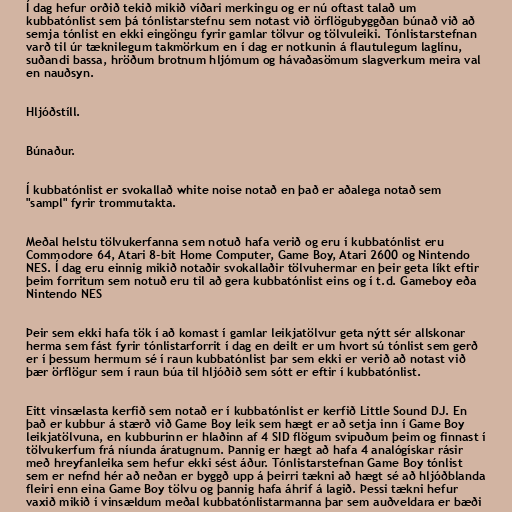
Í dag hefur orðið tekið mikið víðari merkingu og er nú oftast talað um
kubbatónlist sem þá tónlistarstefnu sem notast við örflögubyggðan búnað við að
semja tónlist en ekki eingöngu fyrir gamlar tölvur og tölvuleiki. Tónlistarstefnan
varð til úr tæknilegum takmörkum en í dag er notkunin á flautulegum laglínu,
suðandi bassa, hröðum brotnum hljómum og hávaðasömum slagverkum meira val
en nauðsyn.

Hljóðstíll.

Búnaður.

Í kubbatónlist er svokallað white noise notað en það er aðalega notað sem
"sampl" fyrir trommutakta.

Meðal helstu tölvukerfanna sem notuð hafa verið og eru í kubbatónlist eru
Commodore 64, Atari 8-bit Home Computer, Game Boy, Atari 2600 og Nintendo
NES. Í dag eru einnig mikið notaðir svokallaðir tölvuhermar en þeir geta líkt eftir
þeim forritum sem notuð eru til að gera kubbatónlist eins og í t.d. Gameboy eða
Nintendo NES

Þeir sem ekki hafa tök í að komast í gamlar leikjatölvur geta nýtt sér allskonar
herma sem fást fyrir tónlistarforrit í dag en deilt er um hvort sú tónlist sem gerð
er í þessum hermum sé í raun kubbatónlist þar sem ekki er verið að notast við
þær örflögur sem í raun búa til hljóðið sem sótt er eftir í kubbatónlist.

Eitt vinsælasta kerfið sem notað er í kubbatónlist er kerfið Little Sound DJ. En
það er kubbur á stærð við Game Boy leik sem hægt er að setja inn í Game Boy
leikjatölvuna, en kubburinn er hlaðinn af 4 SID flögum svipuðum þeim og finnast í
tölvukerfum frá níunda áratugnum. Þannig er hægt að hafa 4 analógískar rásir
með hreyfanleika sem hefur ekki sést áður. Tónlistarstefnan Game Boy tónlist
sem er nefnd hér að neðan er byggð upp á þeirri tækni að hægt sé að hljóðblanda
fleiri enn eina Game Boy tölvu og þannig hafa áhrif á lagið. Þessi tækni hefur
vaxið mikið í vinsældum meðal kubbatónlistarmanna þar sem auðveldara er bæði